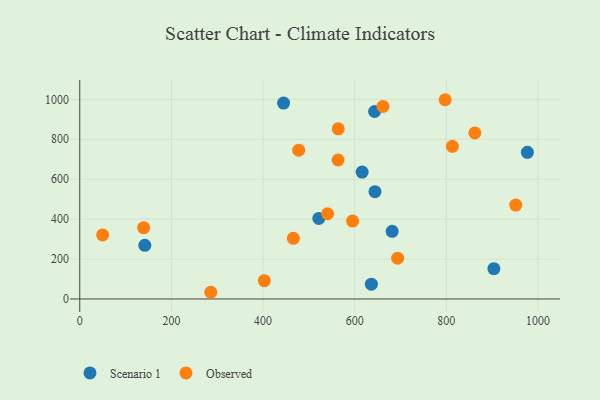
{"axis": {"x": "Study Hours", "y": "Sales"}, "legend": ["Observed", "Scenario 1"], "data": [{"x": "521.8", "y": 403.2, "type": "Scenario 1"}, {"x": "644.4", "y": 537.3, "type": "Scenario 1"}, {"x": "681.8", "y": 339.0, "type": "Scenario 1"}, {"x": "616.3", "y": 635.7, "type": "Scenario 1"}, {"x": "977.0", "y": 734.4, "type": "Scenario 1"}, {"x": "643.5", "y": 938.9, "type": "Scenario 1"}, {"x": "903.9", "y": 151.9, "type": "Scenario 1"}, {"x": "142.0", "y": 268.9, "type": "Scenario 1"}, {"x": "444.9", "y": 981.0, "type": "Scenario 1"}, {"x": "636.5", "y": 74.2, "type": "Scenario 1"}, {"x": "49.9", "y": 321.0, "type": "Observed"}, {"x": "813.4", "y": 764.3, "type": "Observed"}, {"x": "466.2", "y": 303.7, "type": "Observed"}, {"x": "661.8", "y": 964.5, "type": "Observed"}, {"x": "285.9", "y": 33.6, "type": "Observed"}, {"x": "797.5", "y": 997.9, "type": "Observed"}, {"x": "595.5", "y": 390.3, "type": "Observed"}, {"x": "862.4", "y": 831.7, "type": "Observed"}, {"x": "951.6", "y": 470.3, "type": "Observed"}, {"x": "402.8", "y": 91.7, "type": "Observed"}, {"x": "564.2", "y": 852.0, "type": "Observed"}, {"x": "693.8", "y": 204.5, "type": "Observed"}, {"x": "477.8", "y": 745.3, "type": "Observed"}, {"x": "540.9", "y": 426.8, "type": "Observed"}, {"x": "139.5", "y": 357.1, "type": "Observed"}, {"x": "563.8", "y": 696.1, "type": "Observed"}]}